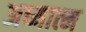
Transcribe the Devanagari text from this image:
अध्यात्‍म